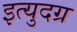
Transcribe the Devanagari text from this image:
इत्युदग्र